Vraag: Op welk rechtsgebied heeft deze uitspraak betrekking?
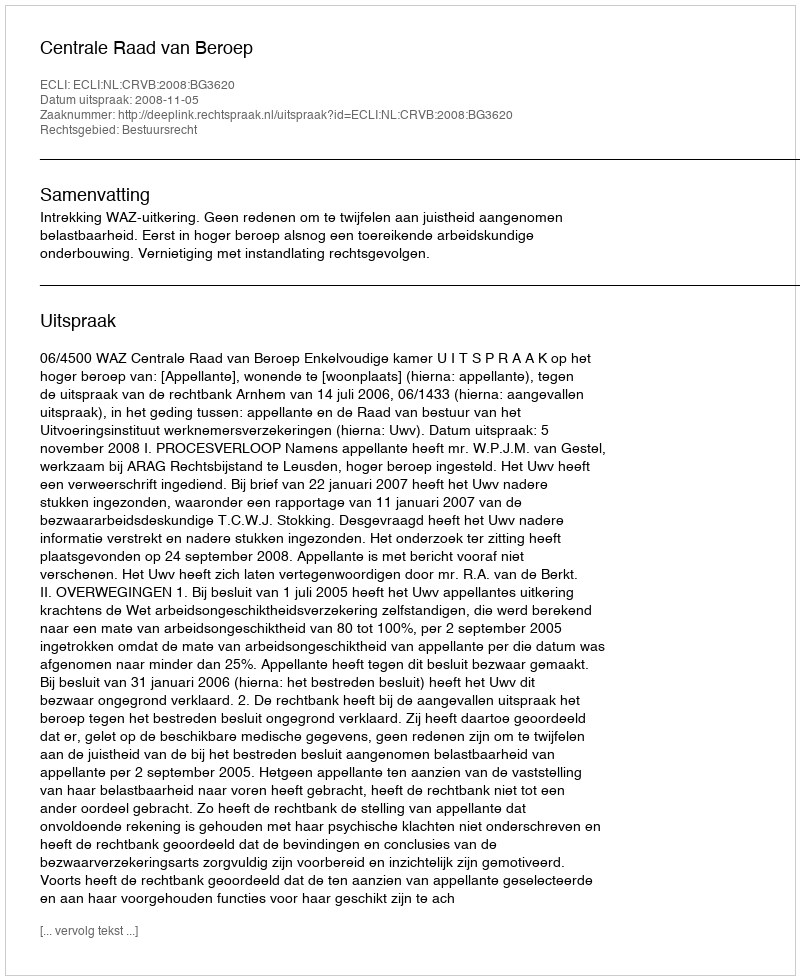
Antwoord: Bestuursrecht